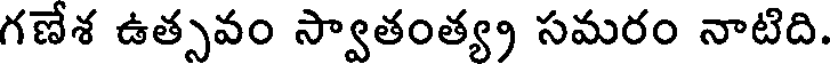
గణేశ ఉత్సవం స్వాతంత్య్ర సమరం నాటిది.